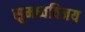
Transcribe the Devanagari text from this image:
सुमध्वविजय